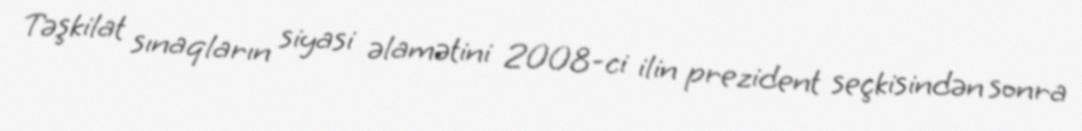
Təşkilat sınaqların siyasi əlamətini 2008-ci ilin prezident seçkisindən sonra